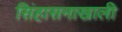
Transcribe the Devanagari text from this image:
सिंहासनाखाली